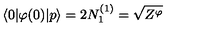
\langle 0 | \varphi ( 0 ) | p \rangle = 2 N _ { 1 } ^ { ( 1 ) } = \sqrt { Z ^ { \varphi } }